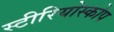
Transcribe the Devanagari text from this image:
स्टीरियोस्कोप